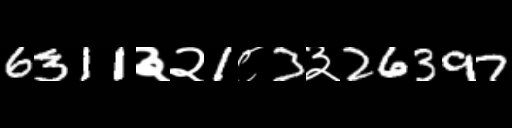
Text: 6311३२1८3३26397